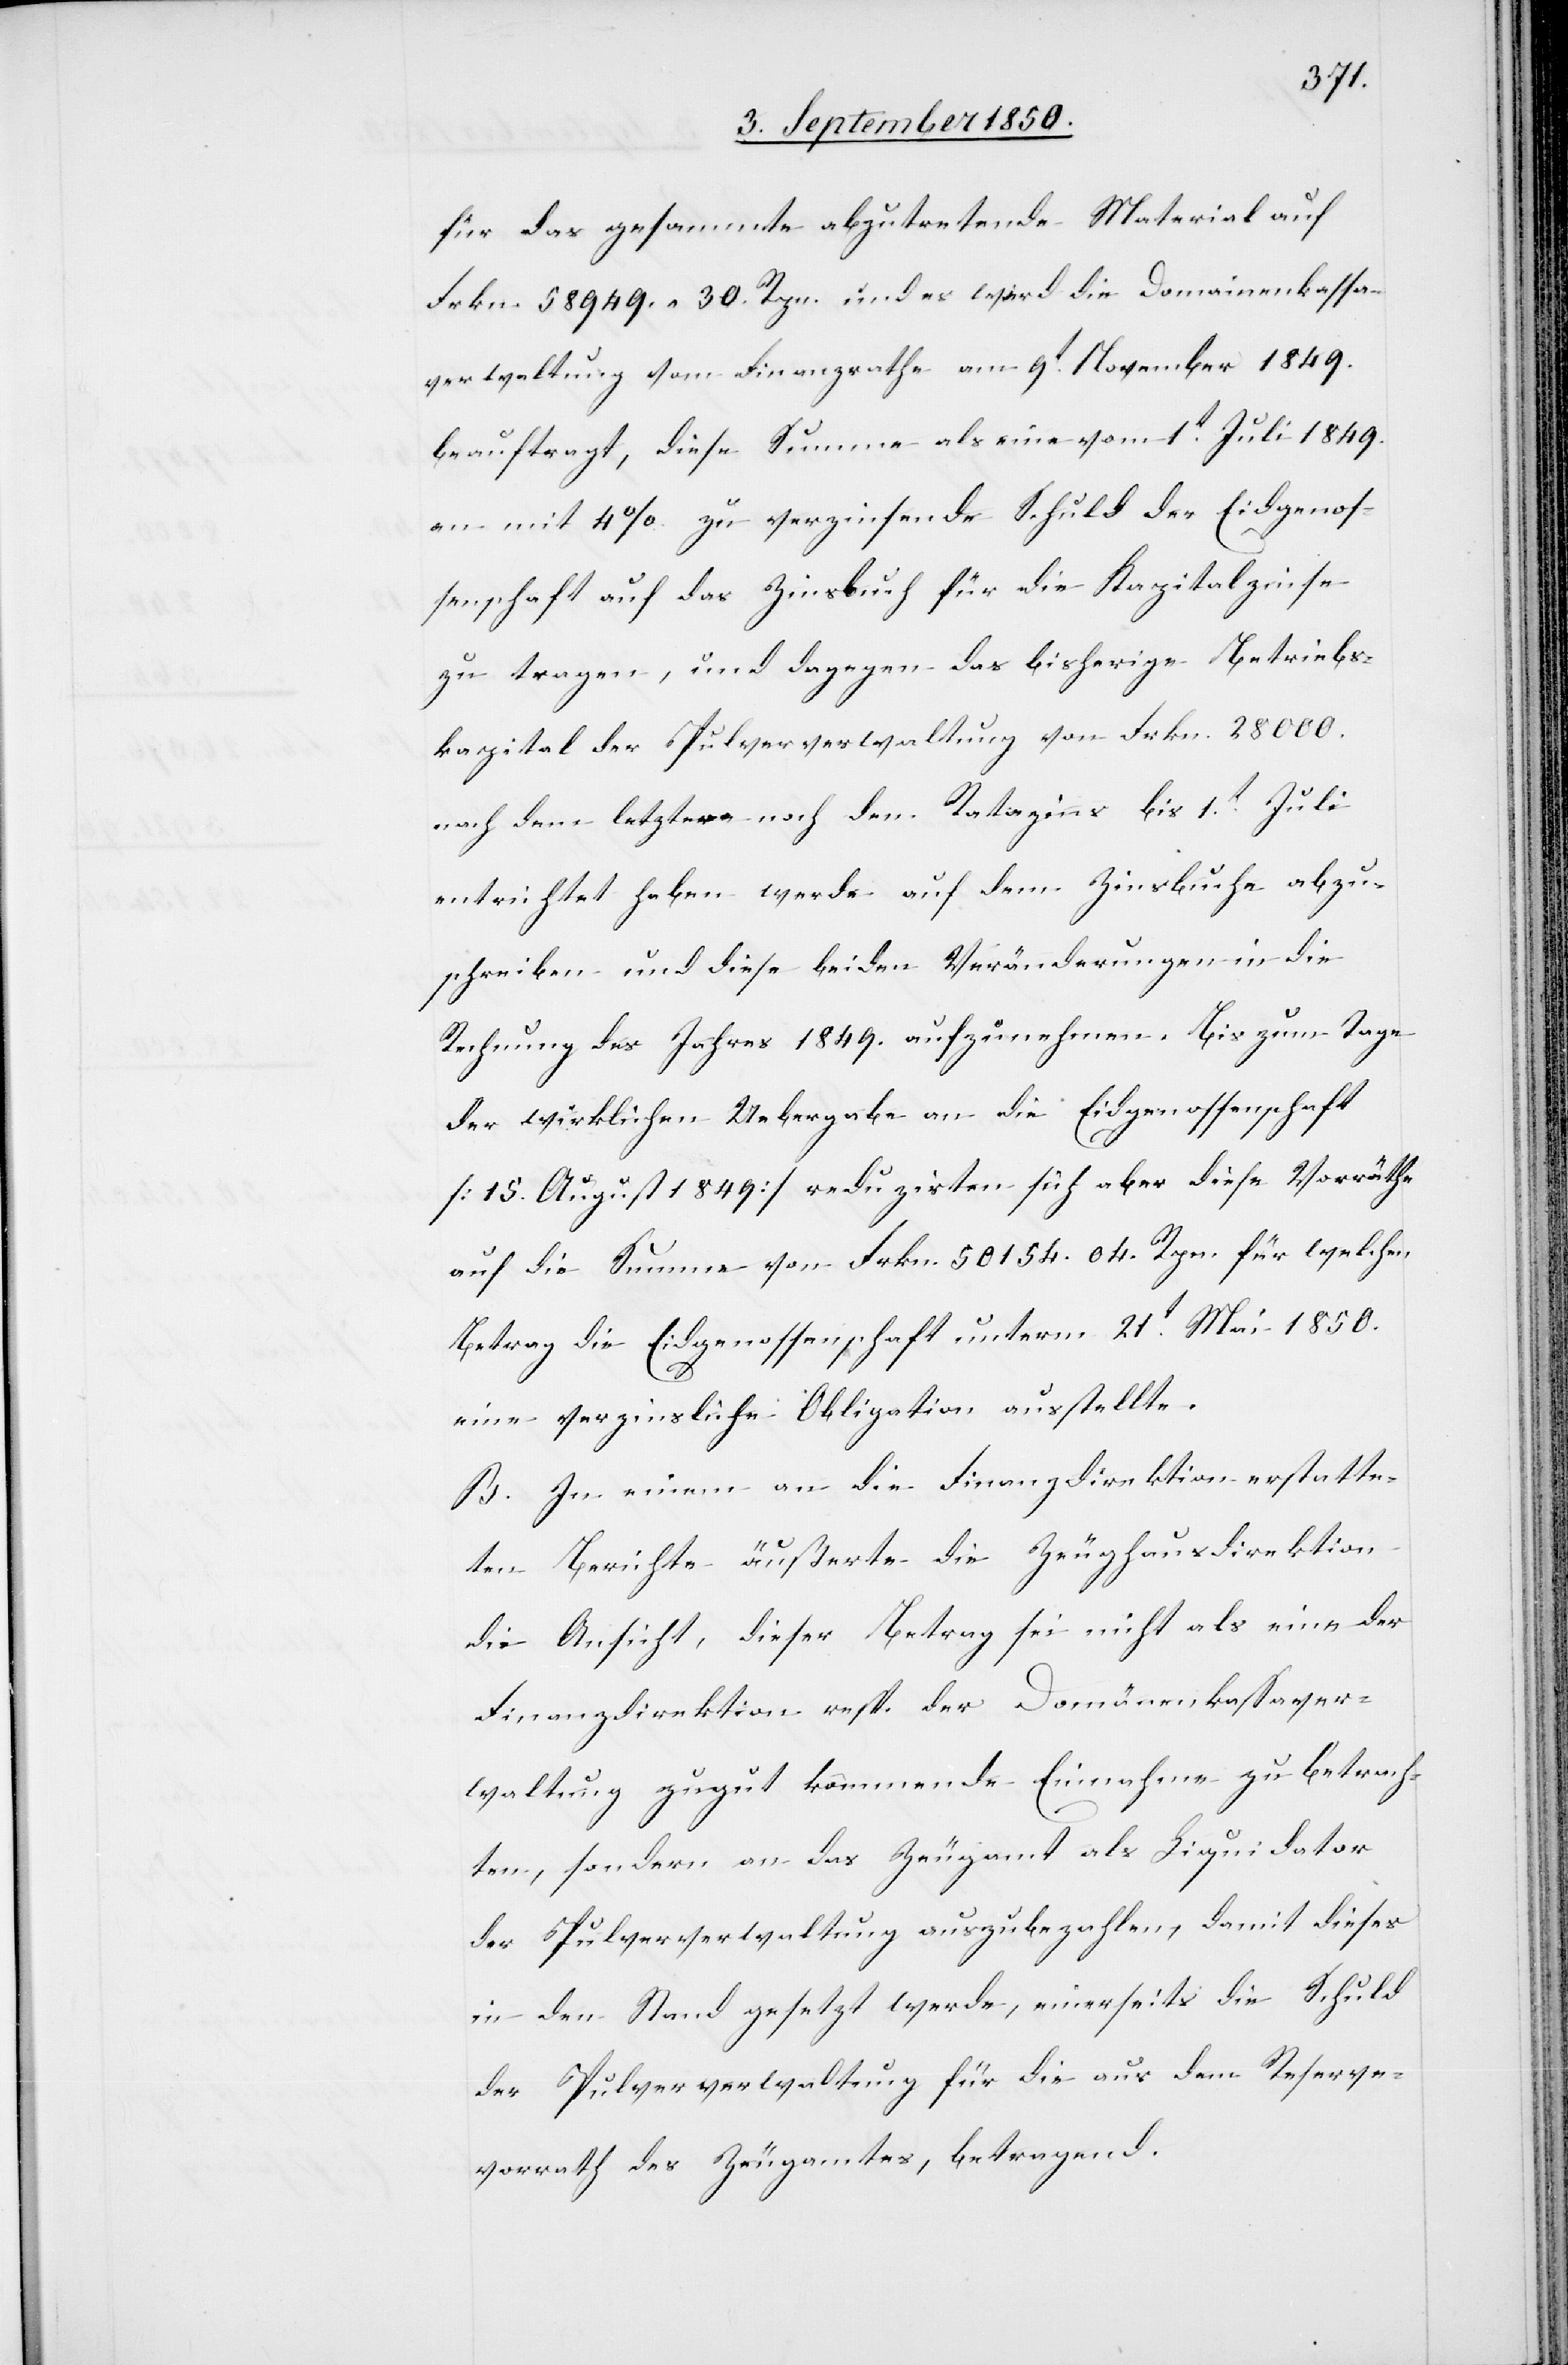
für das gesammte abzutretende Material auf
Frkn. 58 949. 30. Rpn. und es wird die Domainenkassa¬
verwaltung vom Finanzrathe am 9t November 1849.
beauftragt, diese Summe als eine vom 1t Juli 1849.
an mit 4 % zu verzinsende Schuld der Eidgenos¬
senschaft auf das Zinsbuch für die Kapitalzinse
zu tragen, und dagegen das bisherige Betriebs¬
kapital der Pulververwaltung von Frkn. 28 000.
nach dem letztern noch den Ratazins bis 1t Juli
entrichtet haben werde auf dem Zinsbuche abzu¬
schreiben und diese beiden Veränderungen in die
Rechnung des Jahres 1849. aufzunehmen. Bis zum Tage
der wirklichen Uebergabe an die Eidgenossenschaft
[15. August 1849] reduzirten sich aber diese Vorräthe
auf die Summe von Frkn. 50 154. 04. Rpn. für welchen
Betrag die Eidgenossenschaft unterm 21t Mai 1850.
eine verzinsliche Obligation ausstellte.
B. In einem an die Finanzdirektion erstatte¬
ten Berichte äußerte die Zeughausdirektion
die Ansicht, dieser Betrag sei nicht als eine der
Finanzdirektion resp. der Domänenkassaver¬
waltung zugut kommende Einnahme zu betrach¬
ten, sondern an das Zeugamt als Liquidator
der Pulververwaltung auszubezahlen, damit dieses
in den Stand gesetzt werde, einerseits die Schuld
der Pulververwaltung für die aus dem Reserve¬
vorrath des Zeugamtes, betragend.